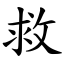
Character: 救